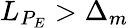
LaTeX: L_{P_{E}}>\Delta_{m}